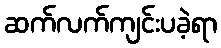
ဆက်လက်ကျင်းပခဲ့ရာ